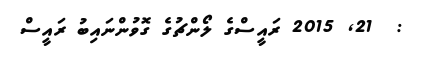
:  21